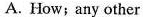
A. How;any other